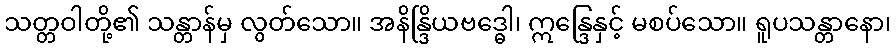
သတ္တဝါတို့၏ သန္တာန်မှ လွတ်သော။ အနိန္ဒြိယဗဒ္ဓေါ၊ ဣန္ဒြေနှင့် မစပ်သော။ ရူပသန္တာနော၊